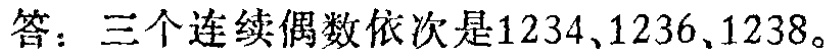
答：三个连续偶数依次是\(1234\)、\(1236\)、\(1238\)。